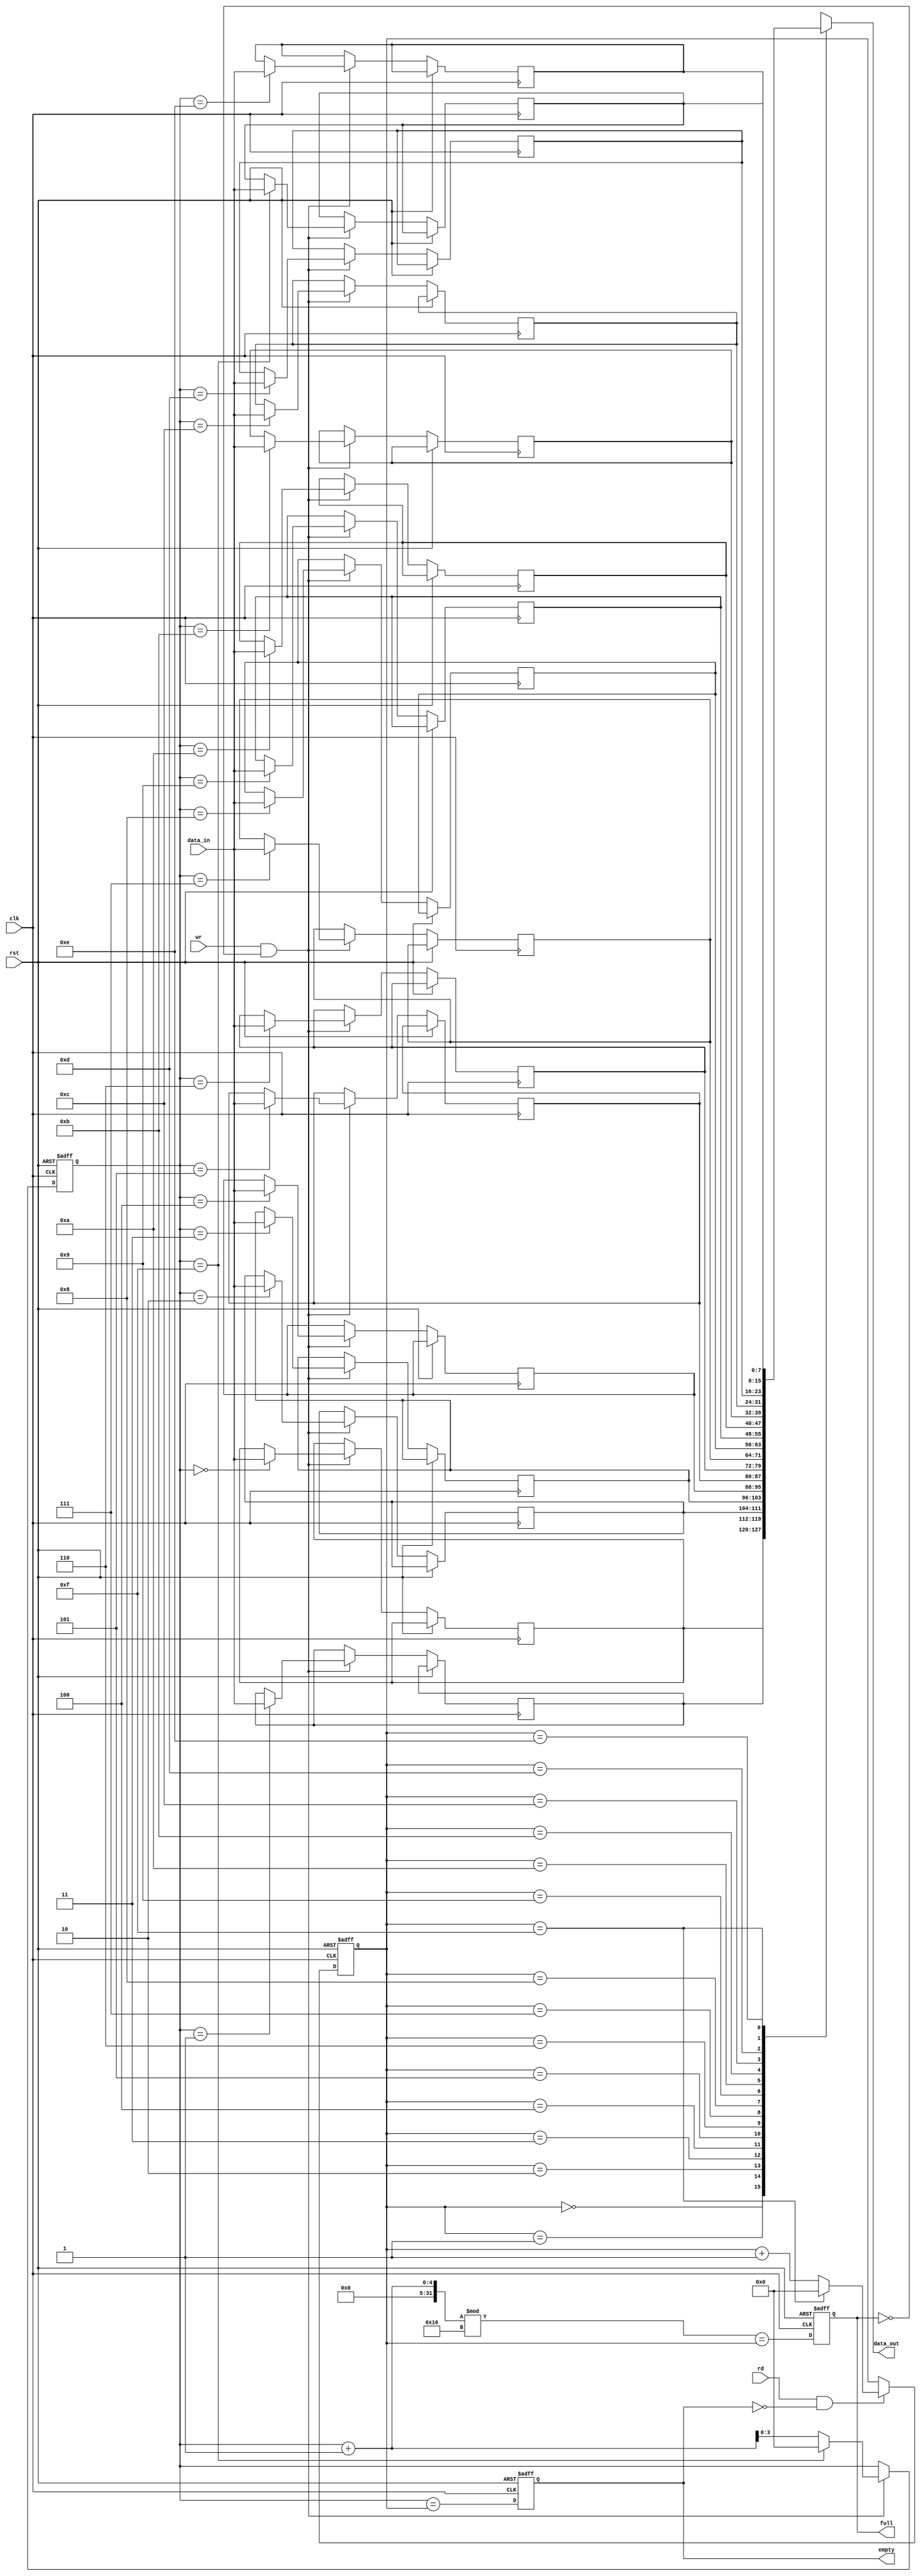
`timescale 1ns / 1ps
module asynch_fifo(
    input wire clk,
    input wire rst,
    input wire wr,
    input wire rd,
    input wire [7:0] data_in,
    output wire [7:0] data_out,
    output wire empty,
    output wire full
);  parameter DEPTH = 16;
    reg [7:0] memory [0:DEPTH-1];
    reg [3:0] wr_ptr = 0;
    reg [3:0] rd_ptr = 0;
    reg empty_reg;
    reg full_reg;
    assign empty = empty_reg;
    assign full = full_reg;
    assign data_out = memory[rd_ptr];
    always @(posedge clk or posedge rst) begin
        if (rst) begin
            wr_ptr <= 0;
            rd_ptr <= 0;
            empty_reg <= 1;
            full_reg <= 0;
        end else begin
            if (wr && !full_reg) begin
                memory[wr_ptr] <= data_in;
                wr_ptr <= (wr_ptr == DEPTH-1) ? 0 : wr_ptr + 1;
            end

            if (rd && !empty_reg) begin
                rd_ptr <= (rd_ptr == DEPTH-1) ? 0 : rd_ptr + 1;
            end

            empty_reg <= (wr_ptr == rd_ptr);
            full_reg <= ((wr_ptr + 1) % DEPTH == rd_ptr);
        end
    end

endmodule